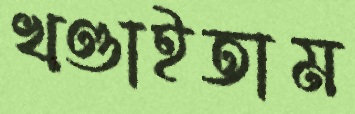
খণ্ডাইতাম